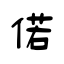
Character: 偌